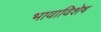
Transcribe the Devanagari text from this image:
भावाविशेष